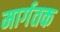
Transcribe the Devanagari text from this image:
मार्गतक